Mental hospitals Bombay report 1921-28 - 1921-1928
Year: 1921
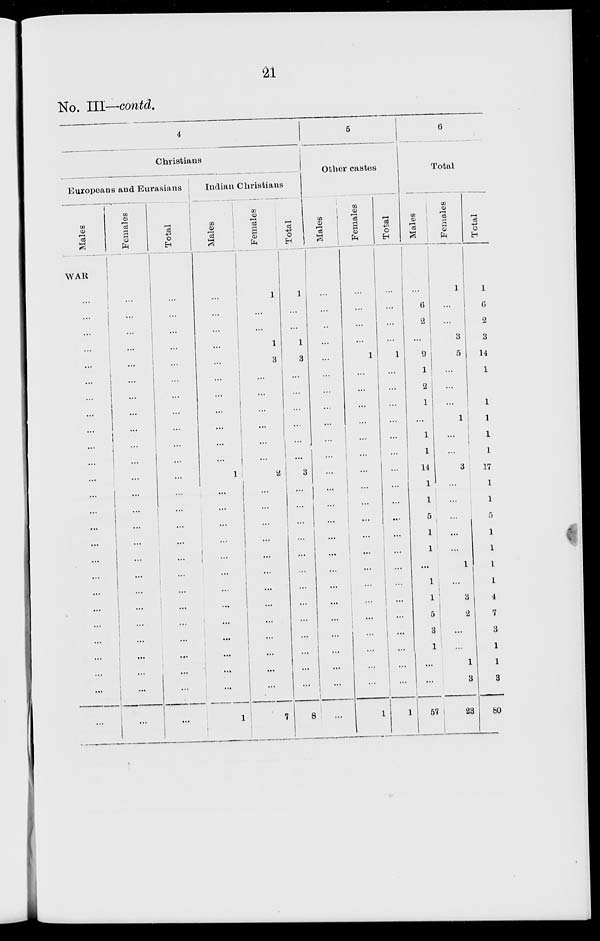
21
No. III—contd.
4
Christians
Europeans and Eurasians
Males
WAR
...
...
...
...
...
...
...
...
...
...
...
...
...
...
...
...
...
...
...
...
...
...
...
...
...
Females
...
...
...
...
...
...
...
...
...
...
...
...
...
...
...
...
...
...
...
...
...
...
...
...
...
...
Total
...
...
...
...
...
...
...
...
...
...
...
...
...
...
...
...
...
...
...
...
...
...
...
...
...
...
Indian Christians
Males
...
...
...
...
...
...
...
...
...
...
...
1
...
...
...
...
...
...
...
...
...
...
...
...
...
1
Females
1
...
...
1
3
...
...
...
...
...
...
2
...
...
...
...
...
...
...
...
...
...
...
...
...
7
Total
1
...
...
1
3
...
...
...
...
...
...
3
...
...
...
...
...
...
...
...
...
...
...
...
...
8
5
Other castes
Males
...
...
...
...
...
...
...
...
...
...
...
...
...
...
...
...
...
...
...
...
...
...
...
...
...
...
Females
...
...
...
...
1
...
...
...
...
...
...
...
...
...
...
...
...
...
...
...
...
...
...
...
...
1
Total
...
...
...
...
1
...
...
...
...
...
...
...
...
...
...
...
...
...
...
...
...
...
...
...
...
1
6
Total
Males
...
6
2
...
9
1
2
1
...
1
1
14
1
1
5
1
1
...
1
1
5
3
1
...
...
57
Females
1
...
...
3
5
...
...
...
1
...
...
3
...
...
...
...
...
1
...
3
2
...
...
1
3
23
Total
1
6
2
3
14
1
2
1
1
1
1
17
1
1
5
1
1
1
1
4
7
3
1
1
3
80